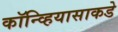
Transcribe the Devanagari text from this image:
कॉन्व्हियासाकडे